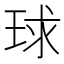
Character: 球